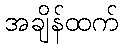
အချိန်ထက်